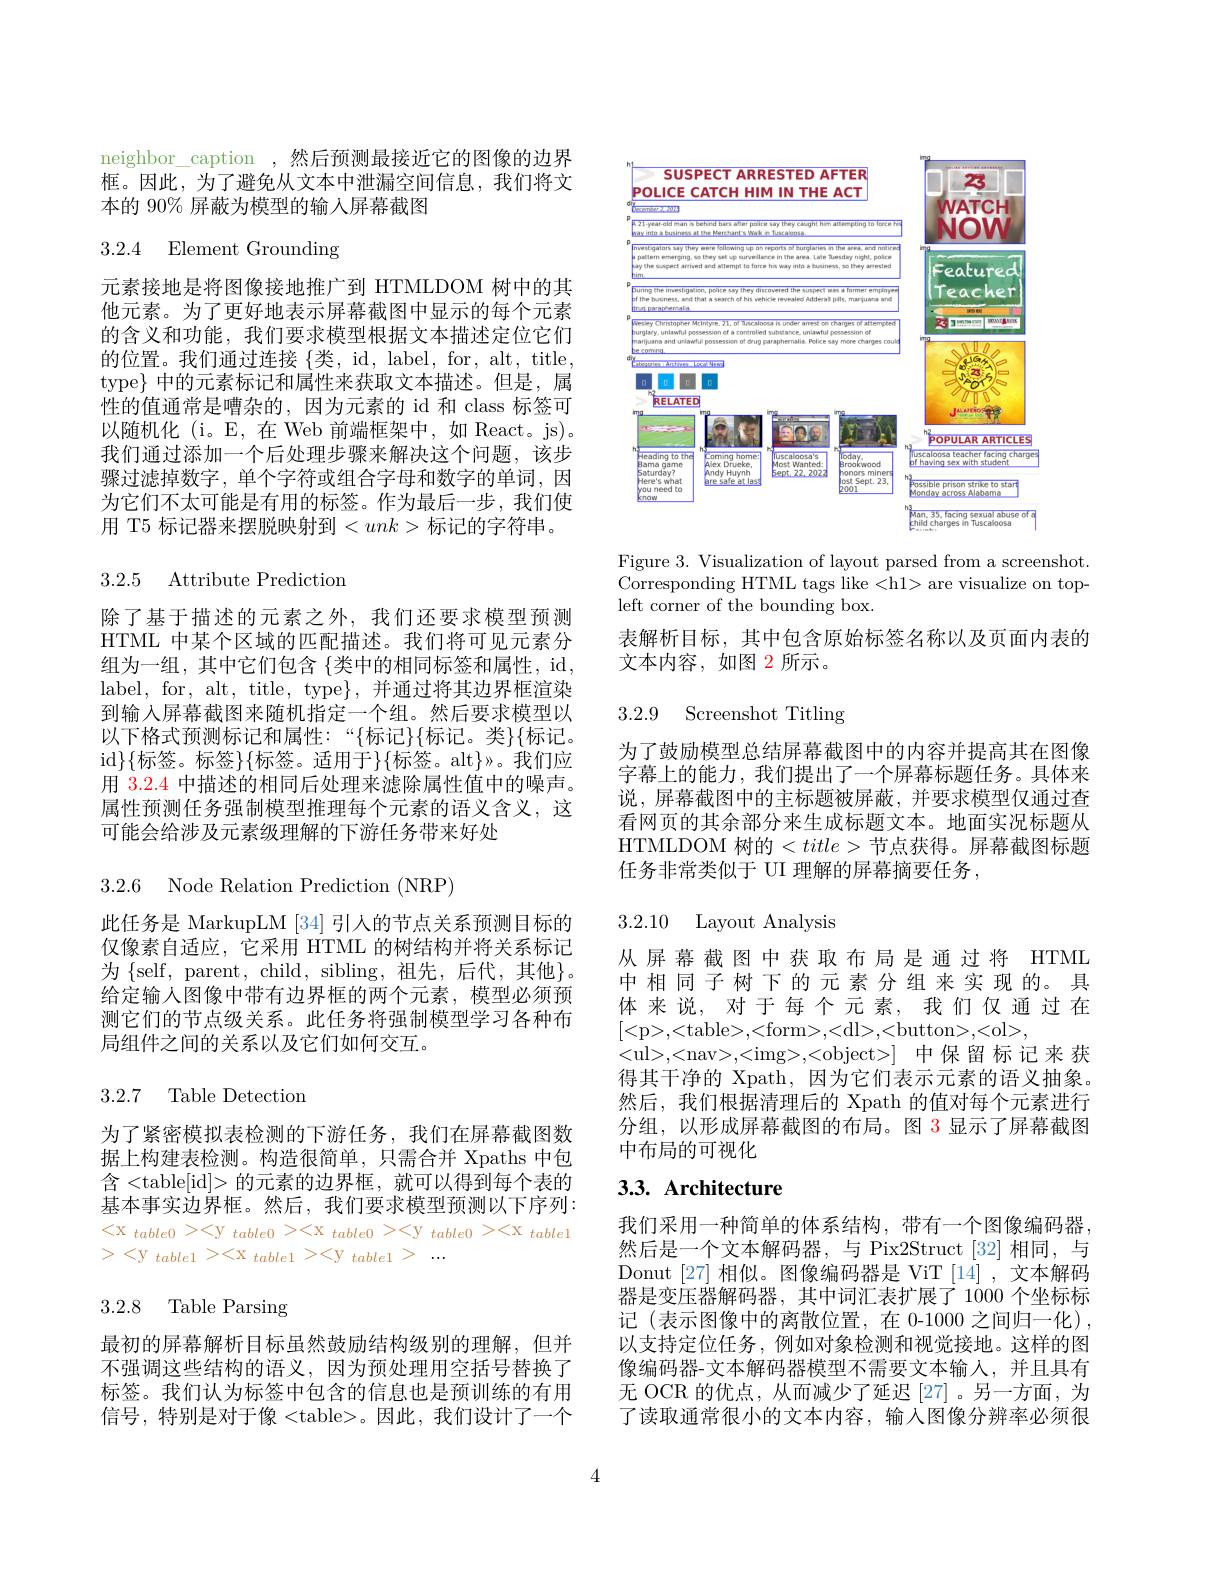
neighbor\_caption ,然后预测最接近它的图像的边界框。因此，为了避免从文本中泄漏空间信息，我们将文本的 90% 屏蔽为模型的输入屏幕截图

3.2.4 Element Grounding

元素接地是将图像接地推广到 HTMLDOM 树中的其他元素。为了更好地表示屏幕截图中显示的每个元素的含义和功能，我们要求模型根据文本描述定位它们的位置。我们通过连接 $\{$类，id, label, for, alt, title, type$\}$中的元素标记和属性来获取文本描述。但是，属性的值通常是嘈杂的，因为元素的 id 和 class 标签可以随机化 (i。E,在 Web 前端框架中，如 React。js)。我们通过添加一个后处理步骤来解决这个问题，该步骤过滤掉数字，单个字符或组合字母和数字的单词，因为它们不太可能是有用的标签。作为最后一步，我们使用 T5 标记器来摆脱映射到$<unk>$标记的字符串。

3.2.5 Attribute Prediction

除了基于描述的元素之外，我们还要求模型预测HTML 中某个区域的匹配描述。我们将可见元素分组为一组，其中它们包含{类中的相同标签和属性，id, label, for, alt, title, type$\}$,并通过将其边界框渲染到输入屏幕截图来随机指定一个组。然后要求模型以以下格式预测标记和属性：“$\{$标记$\}\{$标记。类$\}\{$标记。id$\}\{$标签。标签$\}\{$标签。适用于$\}\{$标签。alt$\}$»。我们应用3.2.4中描述的相同后处理来滤除属性值中的噪声。属性预测任务强制模型推理每个元素的语义含义，这可能会给涉及元素级理解的下游任务带来好处

3.2.6 Node Relation Prediction (NRP)

此任务是 MarkupLM [34] 引人的节点关系预测目标的仅像素自适应，它采用 HTML 的树结构并将关系标记为$\{$self, parent, child, sibling, 祖先，后代，其他$\}$。给定输人图像中带有边界框的两个元素，模型必须预测它们的节点级关系。此任务将强制模型学习各种布局组件之间的关系以及它们如何交互。

## 3.2.7 Table Detection

为了紧密模拟表检测的下游任务，我们在屏幕截图数据上构建表检测。构造很简单，只需合并 Xpaths 中包含 <table[id]> 的元素的边界框，就可以得到每个表的基本事实边界框。然后，我们要求模型预测以下序列： $<\mathrm{x~}_{table0}><\mathrm{y~}_{table0}><\mathrm{x~}_{table0}><\mathrm{y~}_{table0}><\mathrm{x~}_{table1}$ ><y $table1><$x$table1><$y$table1>...$

3.2.8 Table Parsing

最初的屏幕解析目标虽然鼓励结构级别的理解，但并不强调这些结构的语义，因为预处理用空括号替换了标签。我们认为标签中包含的信息也是预训练的有用信号，特别是对于像 <table>。因此，我们设计了一个

<FigureHere>

Figure 3. Visualization of layout parsed from a screenshot. Corresponding HTML tags like <h1> are visualize on topleft corner of the bounding box.

表解析目标，其中包含原始标签名称以及页面内表的
文本内容，如图 2 所示。

3.2.9 Screenshot Titling

为了鼓励模型总结屏幕截图中的内容并提高其在图像字幕上的能力，我们提出了一个屏幕标题任务。具体来说，屏幕截图中的主标题被屏蔽，并要求模型仅通过查看网页的其余部分来生成标题文本。地面实况标题从HTMLDOM 树的$<title>$节点获得。屏幕截图标题任务非常类似于 UI 理解的屏幕摘要任务 ,

3.2.10 Layout Analysis

从屏幕截图中获取布局是通过将 HTML 中相同子树下的元素分组来实现的。具体来说，对于每个元素，我们仅通过在[<p>,<table>,<form>,<dl>,<button>,<ol>,
<ul>,<nav>,,<object>]中保留标记来获得其干净的 Xpath, 因为它们表示元素的语义抽象。然后，我们根据清理后的 Xpath 的值对每个元素进行分组，以形成屏幕截图的布局。图 3 显示了屏幕截图中布局的可视化

# 3.3. Architecture

我们采用一种简单的体系结构，带有一个图像编码器， 然后是一个文本解码器，与 Pix2Struct [32] 相同，与Donut [27] 相似。图像编码器是 ViT [14] , 文本解码器是变压器解码器，其中词汇表扩展了 1000 个坐标标记(表示图像中的离散位置，在 0-1000 之间归一化) , 以支持定位任务，例如对象检测和视觉接地。这样的图像编码器-文本解码器模型不需要文本输入，并且具有无 OCR 的优点，从而减少了延迟[27]。另一方面，为了读取通常很小的文本内容，输入图像分辨率必须很

4